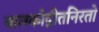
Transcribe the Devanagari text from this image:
बालकोद्गीतनिरतो